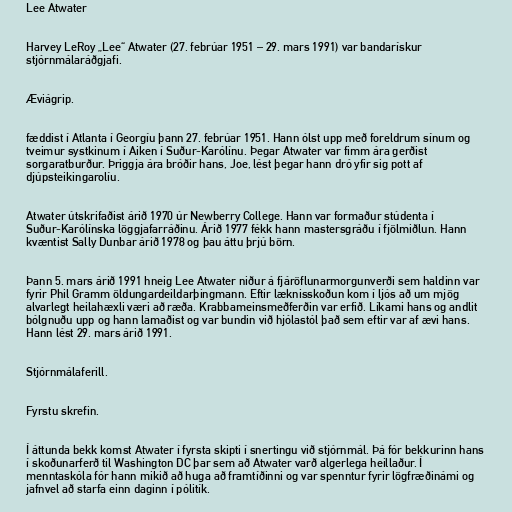
Lee Atwater

Harvey LeRoy „Lee“ Atwater (27. febrúar 1951 – 29. mars 1991) var bandarískur
stjórnmálaráðgjafi.

Æviágrip.

fæddist í Atlanta í Georgíu þann 27. febrúar 1951. Hann ólst upp með foreldrum sínum og
tveimur systkinum í Aiken í Suður-Karólínu. Þegar Atwater var fimm ára gerðist
sorgaratburður. Þriggja ára bróðir hans, Joe, lést þegar hann dró yfir sig pott af
djúpsteikingarolíu.

Atwater útskrifaðist árið 1970 úr Newberry College. Hann var formaður stúdenta í
Suður-Karólínska löggjafarráðinu. Árið 1977 fékk hann mastersgráðu í fjölmiðlun. Hann
kvæntist Sally Dunbar árið 1978 og þau áttu þrjú börn.

Þann 5. mars árið 1991 hneig Lee Atwater niður á fjáröflunarmorgunverði sem haldinn var
fyrir Phil Gramm öldungardeildarþingmann. Eftir læknisskoðun kom í ljós að um mjög
alvarlegt heilahæxli væri að ræða. Krabbameinsmeðferðin var erfið. Líkami hans og andlit
bólgnuðu upp og hann lamaðist og var bundin við hjólastól það sem eftir var af ævi hans.
Hann lést 29. mars árið 1991.

Stjórnmálaferill.

Fyrstu skrefin.

Í áttunda bekk komst Atwater í fyrsta skipti í snertingu við stjórnmál. Þá fór bekkurinn hans
í skoðunarferð til Washington DC þar sem að Atwater varð algerlega heillaður. Í
menntaskóla fór hann mikið að huga að framtíðinni og var spenntur fyrir lögfræðinámi og
jafnvel að starfa einn daginn í pólitík.